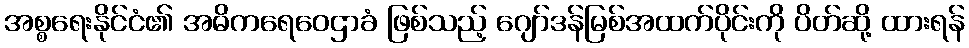
အစ္စရေးနိုင်ငံ၏ အဓိကရေဝေဌာခံ ဖြစ်သည့် ဂျော်ဒန်မြစ်အထက်ပိုင်းကို ပိတ်ဆို့ ထားရန်